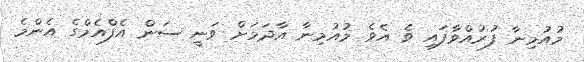
މުއުމިނާ ފުރުއްވާފައި ވެ އެވެ މުއުމިނާ އާދަމަށް ވަނީ ސަން އެފްއެމްގެ އެންމެ